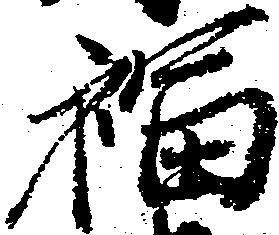
福